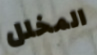
المخلل